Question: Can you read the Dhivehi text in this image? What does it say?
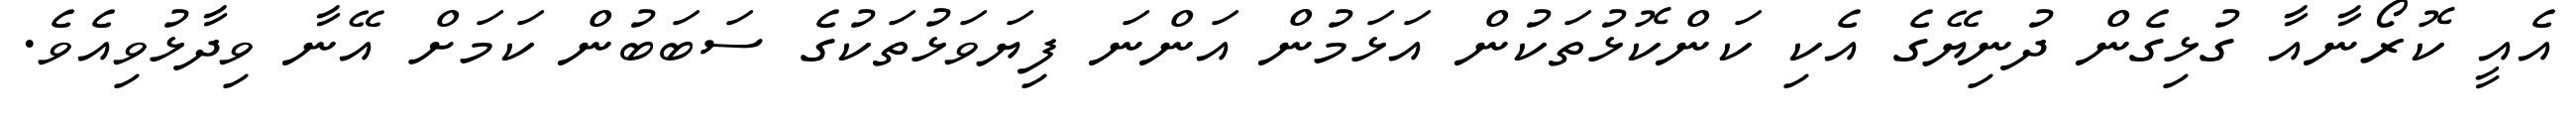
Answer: އެއީ ކޮރޯނާއާ ގުޅިގެން ދުނިޔޭގެ އެކި ކަންކޮޅުތަކުން އަޅަމުން އަންނަ ފިޔަވަޅުތަކުގެ ސަބަބުން ކަމަށް އޭނާ ވިދާޅުވިއެވެ.